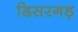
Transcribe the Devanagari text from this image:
डिसरगड़